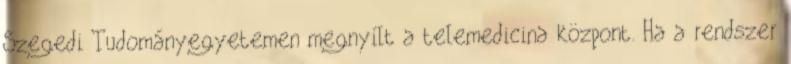
Szegedi Tudományegyetemen megnyílt a telemedicina központ. Ha a rendszer